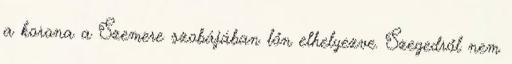
a korona a Szemere szobájában lőn elhelyezve. Szegedről nem